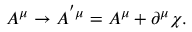
A ^ { \mu } \rightarrow A ^ { ^ { \prime } \mu } = A ^ { \mu } + \partial ^ { \mu } \chi .